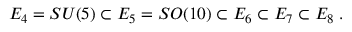
E _ { 4 } = S U ( 5 ) \subset E _ { 5 } = S O ( 1 0 ) \subset E _ { 6 } \subset E _ { 7 } \subset E _ { 8 } \; .